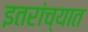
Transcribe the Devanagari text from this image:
इतरांच्यात